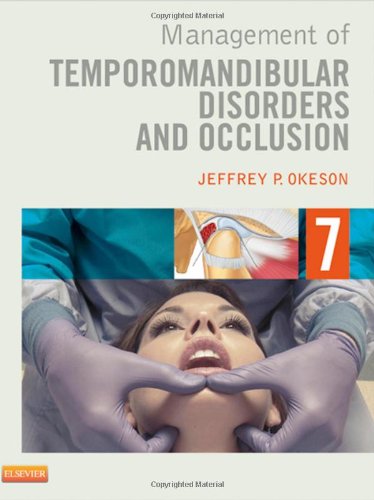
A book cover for Management of Temporomandibular Disorders and Occlusion, 7e; Jeffrey P. Okeson DMD; Medical Books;